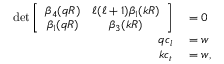
\begin{array} { r l } { \mathrm { d e t } \left[ \begin{array} { c c } { \beta _ { 4 } ( q R ) } & { \ell ( \ell + 1 ) \beta _ { 1 } ( k R ) } \\ { \beta _ { 1 } ( q R ) } & { \beta _ { 3 } ( k R ) } \end{array} \right] } & { { } = 0 } \\ { q c _ { l } } & { { } = w } \\ { k c _ { t } } & { { } = w , } \end{array}